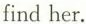
find her.